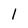
Character: l